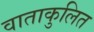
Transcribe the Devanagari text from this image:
वाताकुलित